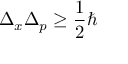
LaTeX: \Delta _ { x } \Delta _ { p } \geq { \frac { 1 } { 2 } } \hbar